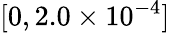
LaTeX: [0,2.0\times 10^{-4}]